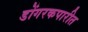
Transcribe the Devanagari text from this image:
डोंगरकपारीत